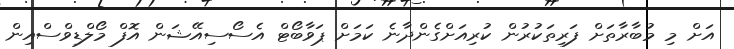
އަށް މި މުބާރާތަށް ފަރިތަކުރުން ކުރިއަށްގެންދާނެ ކަމަށް ޕަވާބޯޓް އެސޯސިއޭޝަން އޮފް މޯލްޑިވްސްއިން